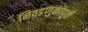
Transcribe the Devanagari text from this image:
निवडणुकांपूर्वी